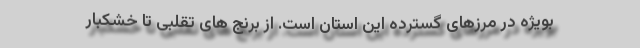
بویژه در مرزهای گسترده این استان است. از برنج های تقلبی تا خشکبار